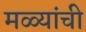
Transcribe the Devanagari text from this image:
मळ्यांची